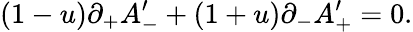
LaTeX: (1-u)\partial_{+}A_{-}^{\prime}+(1+u)\partial_{-}A_{+}^{\prime}=0.